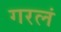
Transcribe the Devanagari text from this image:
गरलं